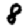
Digit: 8